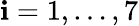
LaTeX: \mathbf{i}=1,\dots,7